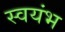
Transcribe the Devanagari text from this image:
स्वयंभ